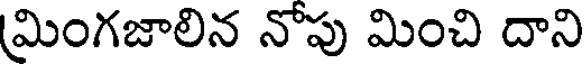
(మింగజాలిన నోపు మించి దాని